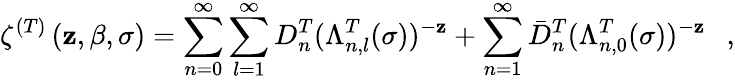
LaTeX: \zeta^{(T)}\left(\mathbf{z},\beta,\sigma\right)=\sum_{n=0}^{\infty}\sum_{l=1}^{\infty}D_{n}^{T}(\Lambda_{n,l}^{T}(\sigma))^{-\mathbf{z}}+\sum_{n=1}^{\infty}\bar{{D}}_{n}^{T}(\Lambda_{n,0}^{T}(\sigma))^{-\mathbf{z}}~~~,